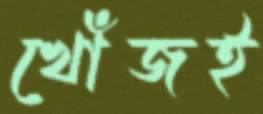
খোঁজই